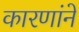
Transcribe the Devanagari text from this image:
कारणांने